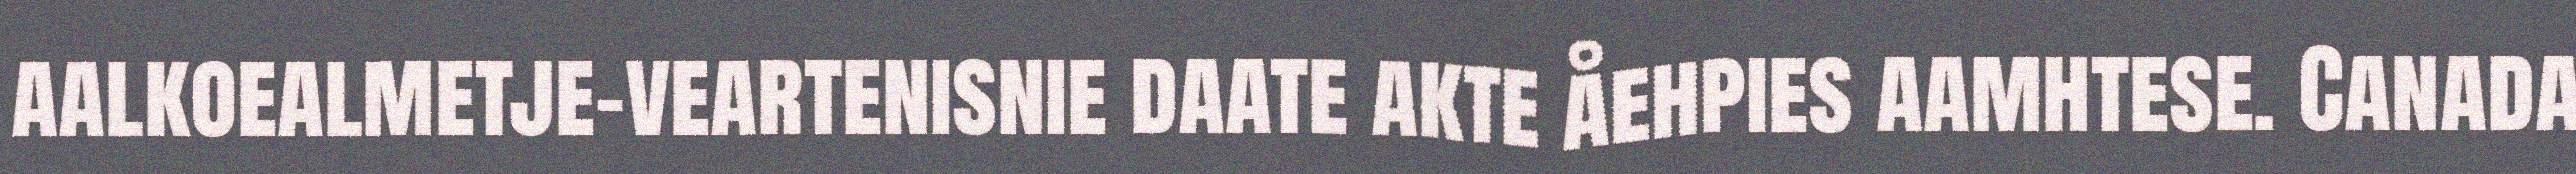
aalkoealmetje-veartenisnie daate akte åehpies aamhtese. Canada